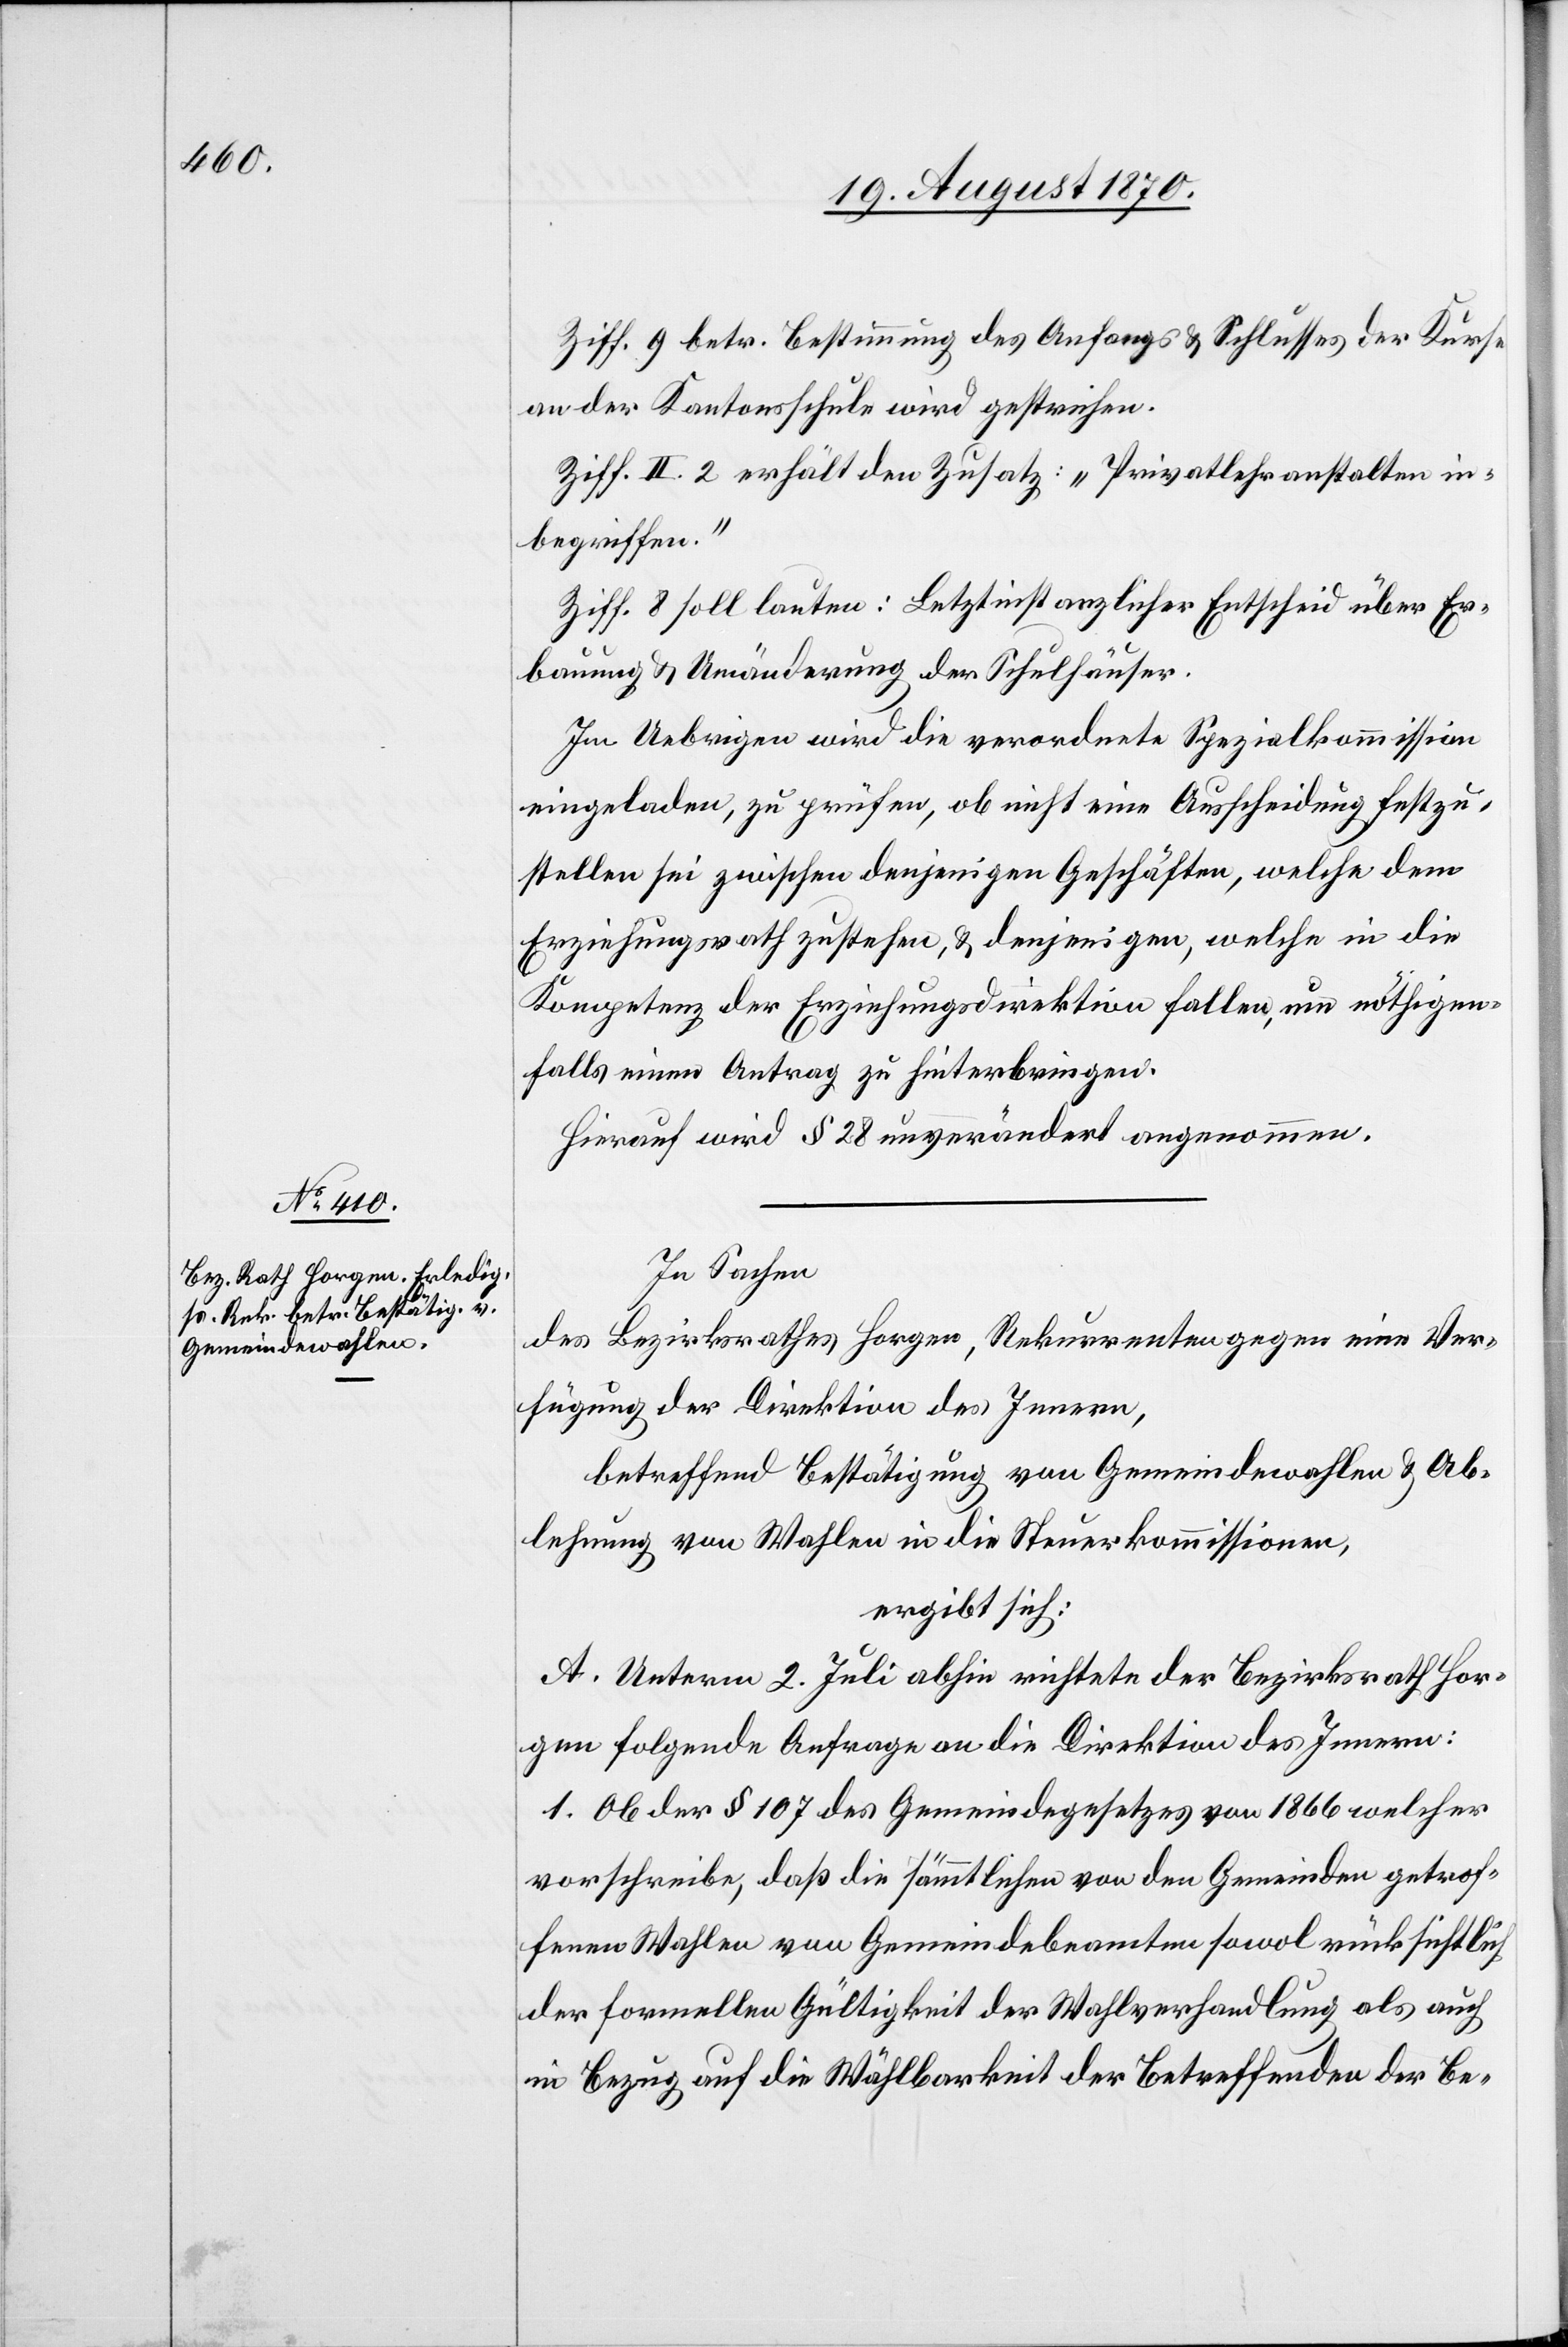
Ziff. 9 betr. Bestimmung des Anfangs & Schlusses der Kurse
an der Kantonsschule wird gestrichen.
Ziff. II. 2 erhält den Zusatz: „Privatlehranstalten in¬
begriffen.“
Ziff. 8 soll lauten: Letztinstanzlicher Entscheid über Er¬
bauung & Umänderung der Schulhäuser.
Im Uebrigen wird die verordnete Spezialkommission
eingeladen, zu prüfen, ob nicht eine Ausscheidung festzu¬
stellen sei zwischen denjenigen Geschäften, welche dem
Erziehungsrath zustehen, & denjenigen, welche in die
Kompetenz der Erziehungsdirektion fallen, um nöthigen¬
falls einen Antrag zu hinterbringen.
Hierauf wird § 28 unverändert angenommen.
In Sachen
des Bezirksrathes Horgen, Rekurrenten gegen eine Ver¬
fügung der Direktion des Innern,
betreffend Bestätigung von Gemeindewahlen & Ab¬
lehnung von Wahlen in die Steuerkommission,
ergibt sich:
A. Unterm 2. Juli abhin richtete der Bezirksrath Hor¬
gen folgende Anfrage an die Direktion des Innern:
1. Ob der § 107 des Gemeindegesetzes von 1866 welcher
vorschreibe, daß die sämmtlichen von den Gemeinden getrof¬
fenen Wahlen von Gemeindebeamten sowol rücksichtlich
der formellen Gültigkeit der Wahlverhandlung als auch
in Bezug auf die Wählbarkeit der Betreffenden der Be-